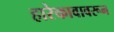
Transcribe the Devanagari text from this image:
हारेकावावरून